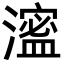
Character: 㵥